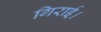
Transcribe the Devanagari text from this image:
गिराई।